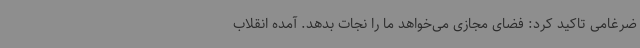
ضرغامی تاکید کرد: فضای مجازی می‌خواهد ما را نجات بدهد. آمده انقلاب